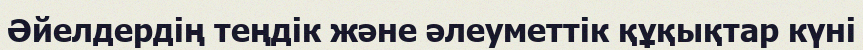
Әйелдердің теңдік және әлеуметтік құқықтар күні